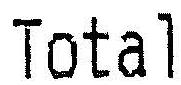
TOTAL